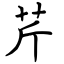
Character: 芹